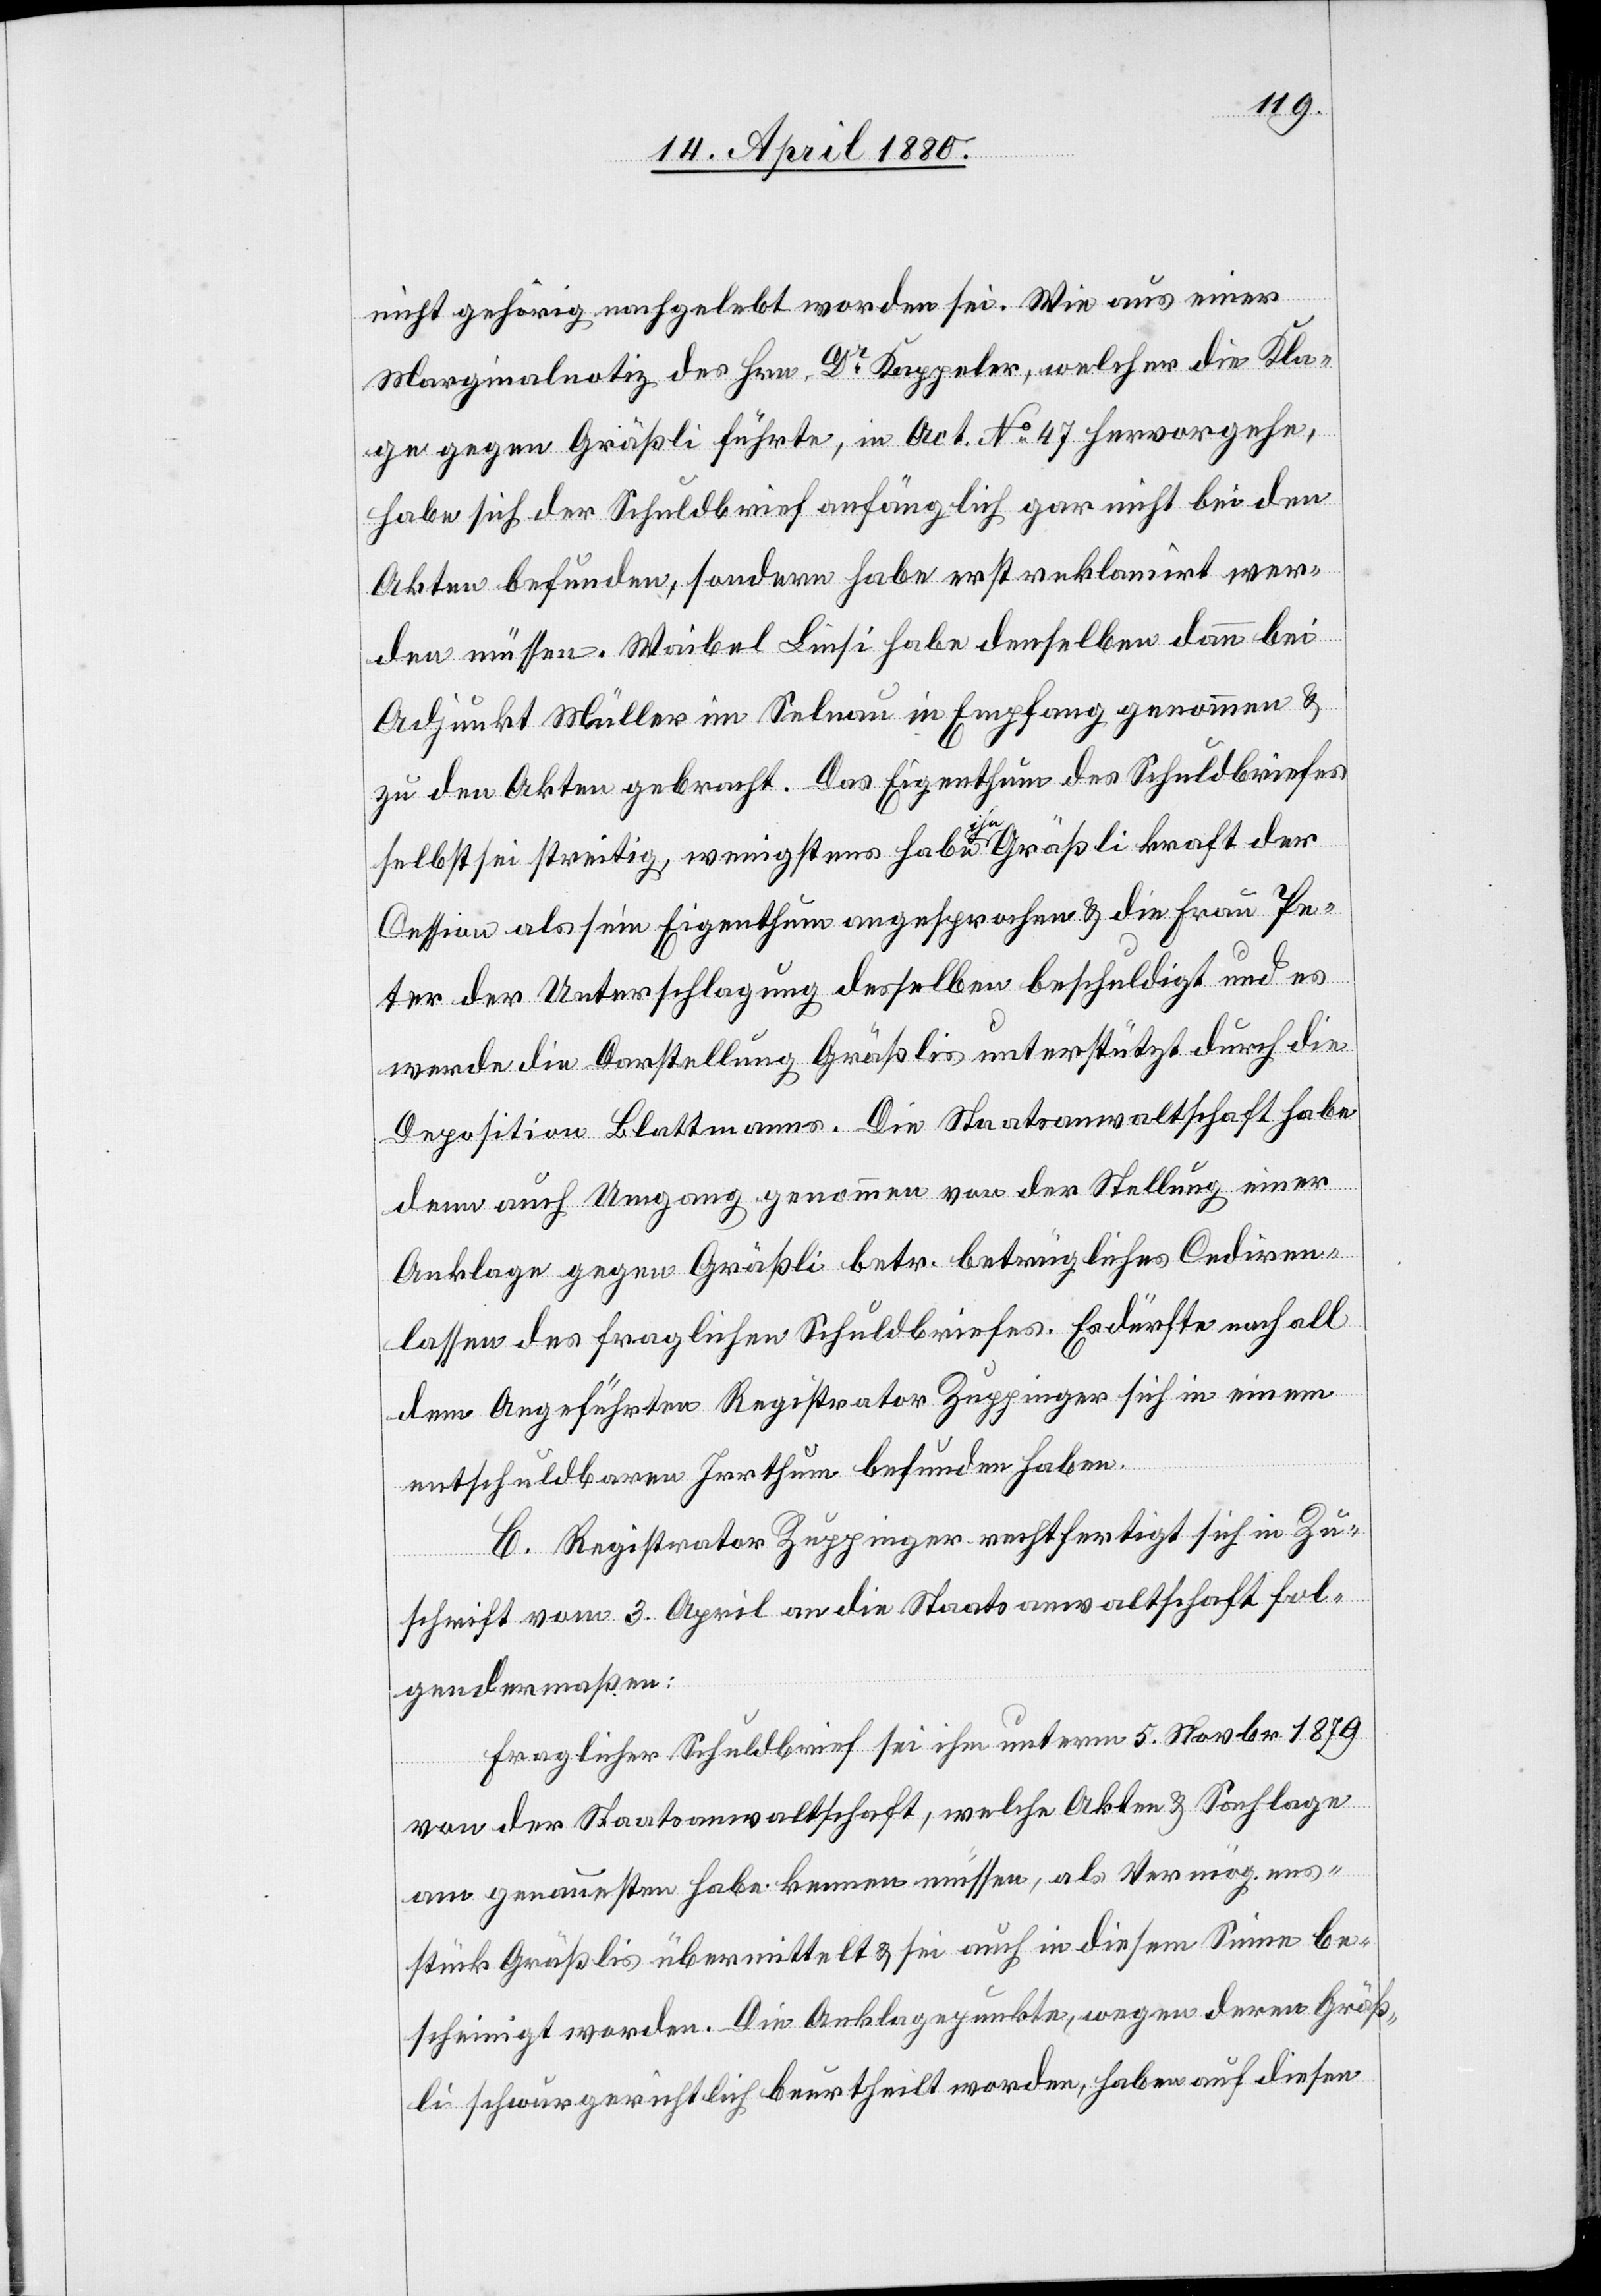
nicht gehörig nachgelebt worden sei. Wie aus einer
Marginalnotiz des Hrn. Dr Kappeler, welcher die Kla¬
ge gegen Gräßli führte, in Act. No 47 hervorgehe,
habe sich der Schuldbrief anfänglich gar nicht bei den
Akten befunden, sondern habe erst reklamirt wer¬
den müssen. Waibel Liesi habe denselben dann bei
Adjunkt Müller im Selnau in Empfang genommen &
zu den Akten gebracht. Das Eigenthum des Schuldbriefes
selbst sei streitig, wenigstens habe a-ihn-a Gräßli kraft der
Cession als sein Eigenthum angesprochen & die Frau Pe¬
ter der Unterschlagung desselben beschuldigt und es
werde die Darstellung Gräßlis unterstützt durch die
Deposition Blattmanns. Die Staatsanwaltschaft habe
denn auch Umgang genommen von der Stellung einer
Anklage gegen Gräßli betr. betrügliches Cediren¬
lassen des fraglichen Schuldbriefes. Es dürfte nach all
dem Angeführten Registrator Zuppinger sich in einem
entschuldbaren Irrthum befunden haben.
C. Registrator Zuppinger rechtfertigt sich in Zu¬
schrift vom 3. April an die Staatsanwaltschaft fol¬
gendermaßen:
Fraglicher Schuldbrief sei ihm unterm 5. Novbr. 1879
von der Staatsanwaltschaft, welche Akten & Sachlage
am genauesten habe kennen müssen, als Vermögens¬
stück Gräßlis übermittelt & sei auch in diesem Sinne be¬
scheinigt worden. Die Anklagepunkte, wegen deren Gräß¬
li schwurgerichtlich beurtheilt worden, haben auf diesen